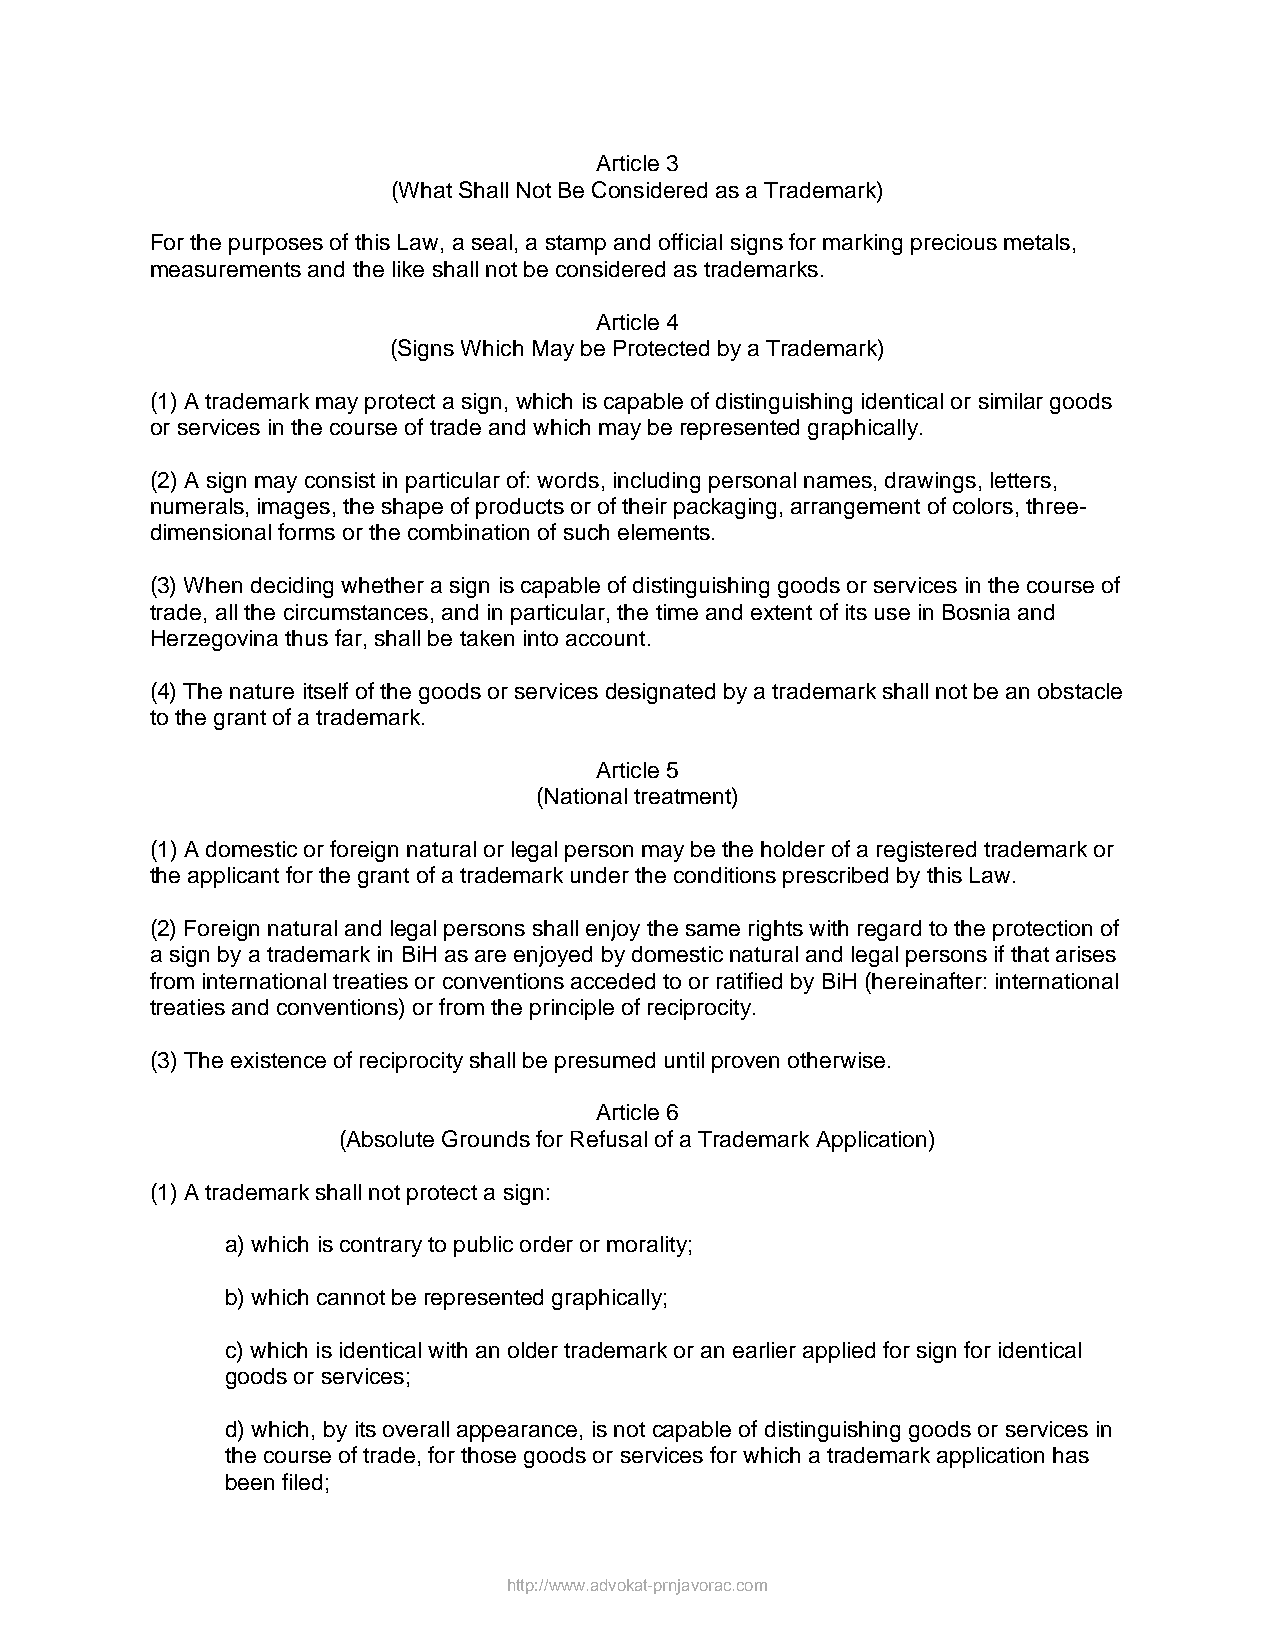
Article 3
 (What Shall Not Be Considered as a Trademark)
 For the purposes of this Law, a seal, a stamp and official signs for marking precious metals,
 measurements and the like shall not be considered as trademarks.
 Article 4
 (Signs Which May be Protected by a Trademark)
 (1) A trademark may protect a sign, which is capable of distinguishing identical or similar goods
 or services in the course of trade and which may be represented graphically.
 (2) A sign may consist in particular of: words, including personal names, drawings, letters,
 numerals, images, the shape of products or of their packaging, arrangement of colors, three-
 dimensional forms or the combination of such elements.
 (3) When deciding whether a sign is capable of distinguishing goods or services in the course of
 trade, all the circumstances, and in particular, the time and extent of its use in Bosnia and
 Herzegovina thus far, shall be taken into account.
 (4) The nature itself of the goods or services designated by a trademark shall not be an obstacle
 to the grant of a trademark.
 Article 5
 (National treatment)
 (1) A domestic or foreign natural or legal person may be the holder of a registered trademark or
 the applicant for the grant of a trademark under the conditions prescribed by this Law.
 (2) Foreign natural and legal persons shall enjoy the same rights with regard to the protection of
 a sign by a trademark in BiH as are enjoyed by domestic natural and legal persons if that arises
 from international treaties or conventions acceded to or ratified by BiH (hereinafter: international
 treaties and conventions) or from the principle of reciprocity.
 (3) The existence of reciprocity shall be presumed until proven otherwise.
 Article 6
 (Absolute Grounds for Refusal of a Trademark Application)
 (1) A trademark shall not protect a sign:
 a) which is contrary to public order or morality;
 b) which cannot be represented graphically;
 c) which is identical with an older trademark or an earlier applied for sign for identical
 goods or services;
 d) which, by its overall appearance, is not capable of distinguishing goods or services in
 the course of trade, for those goods or services for which a trademark application has
 been filed;
 http://www.advokat-prnjavorac.com